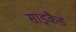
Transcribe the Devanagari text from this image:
साइकैड